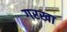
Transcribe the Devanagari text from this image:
गरखा